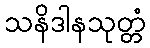
သနိဒါနသုတ္တံ